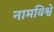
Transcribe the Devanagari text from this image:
नामविश्वे